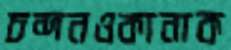
চন্দনওকানাক